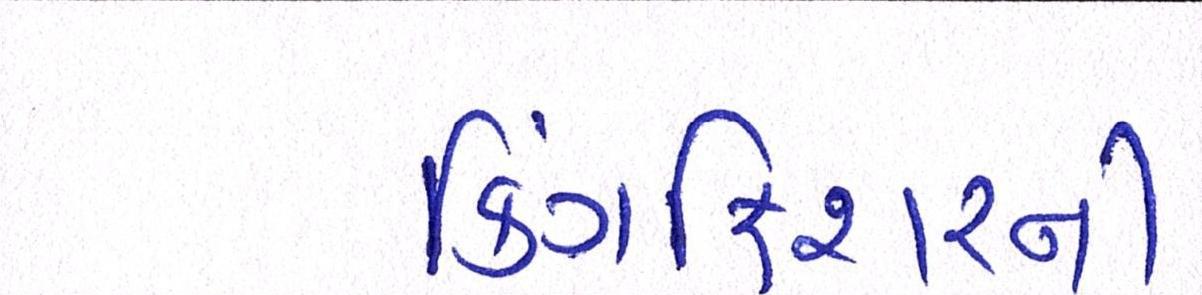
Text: કિંગફિશરની